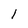
Character: t